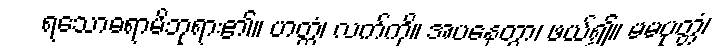
ရသောဓရာမိဘုရား၏။ ဟတ္ထံ၊ လက်ကို။ အပနေတွာ၊ ဖယ်၍။ မမပုတ္တံ၊